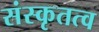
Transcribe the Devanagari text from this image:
संस्कृतत्व